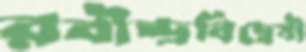
রবীন্দ্রবিদ্বেষী